system: You are a helpful assistant.
user:
Analyze the provided spectrum to determine if it is a **"Cataclysmic Variables (CV)"**.

- **Key Indicators for CV (Check for either state):**
    - **State 1: Quiescent / Low-State (Emission-Dominated)**
        - **(Primary):** Strong and *very broad* Hydrogen Balmer emission lines (e.g., $H\alpha$ at 6563 Å, $H\beta$ at 4861 Å). The 'broadness' (high velocity dispersion, often FWHM > 1000 km/s) is the key diagnostic, indicating a high-velocity accretion disk.
        - **(Secondary):** Broad neutral Helium (He I) emission lines (e.g., 5876 Å, 6678 Å).
        - **(Key Confirmation):** Presence of high-excitation *ionized* Helium (He II) emission at 4686 Å. This is a strong indicator of accretion onto a white dwarf.
        - **(Line Profile):** Emission lines may exhibit a 'double-peaked' profile, which is a classic signature of a rotating accretion disk viewed at high inclination.

    - **State 2: Outburst / High-State (Absorption-Dominated)**
        - **(Primary):** Spectrum is dominated by a bright, blue continuum (looks like a hot star).
        - **(Secondary):** The emission lines from State 1 are weak, absent, or 'filled in', and are replaced by broad, shallow *absorption* lines (primarily Balmer and He I).
        - **(Morphology):** The overall spectrum mimics a hot B/A-type star. The crucial difference is that the absorption lines are significantly broader, shallower, and more 'washed-out' (or 'smeared') than the sharp lines of a normal stellar photosphere, due to high rotational speeds and pressure broadening in the disk.

Think first, call **spectral_visualization_tool** if needed to examine features in detail, then provide your final answer. Your response must adhere to the following strict rules:
1.  **Overall Structure:** Your response must follow the format `<think>...</think> <tool_call>...</tool_call> (if a tool is used) <answer>...</answer>`.
2.  **Tool Usage Constraint:** You may only make **one** tool call per turn.
3.  **Final Answer Format:** In the `<answer>` tag, your conclusion must be inside a `\boxed{}` command (e.g., `\boxed{YES}`), followed by your justification.

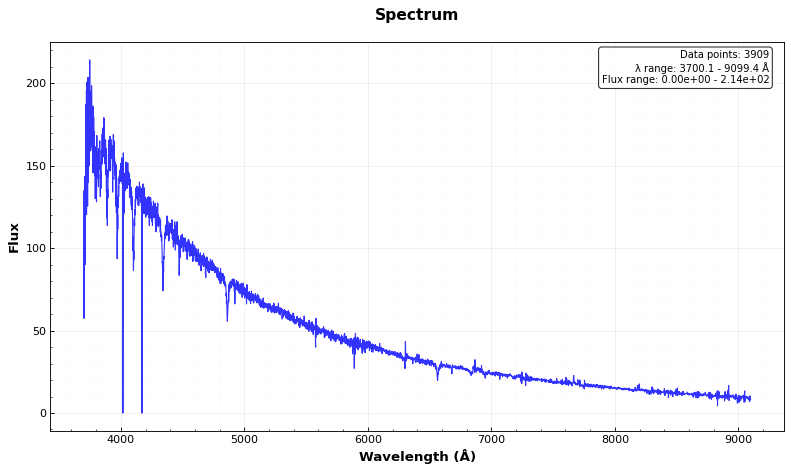
Answer: NO